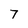
Character: 7